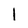
Character: 1